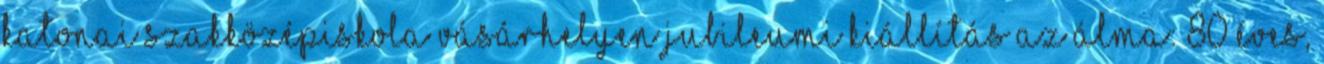
katonai szakközépiskola Vásárhelyen Jubileumi kiállítás az álma: 80 éves,